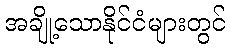
အချို့သောနိုင်ငံများတွင်